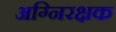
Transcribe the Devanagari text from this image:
अग्निरक्षक